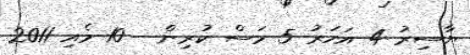
ޔާސިރު 4 އަހަރު 5 މަސް ކުރިން - 10 މެއި 2011